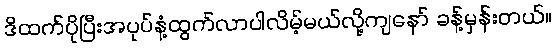
ဒိထက်ပိုပြီးအပုပ်နံ့ထွက်လာပါလိမ့်မယ်လို့ကျနော် ခန့်မှန်းတယ်။